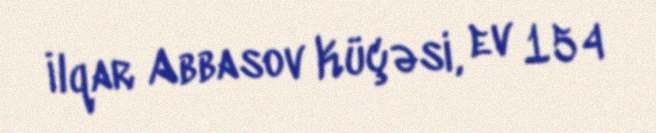
İlqar Abbasov Küçəsi, ev 154